画像に写った文字を読んでください
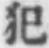
「犯」と書いてあります